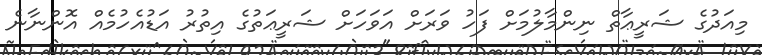
މިއަދުގެ ޝަރީޢާތް ނިންމާލުމަށް ފަހު ވަރަށް އަވަހަށް ޝަރީޢަތުގެ އިތުރު އަޑުއެހުމެއް އޮންނާނެ